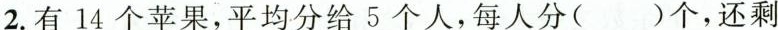
2.有14个苹果，平均分给5个人，每人分()个，还剩